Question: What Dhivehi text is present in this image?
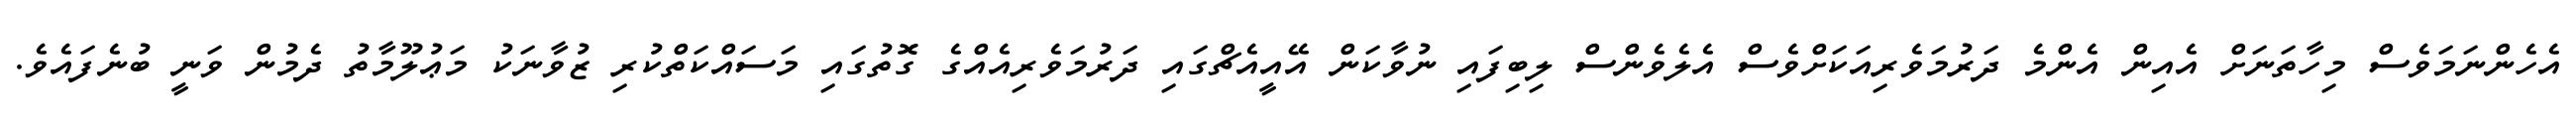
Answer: އެހެންނަމަވެސް މިހާތަނަށް އެއިން އެންމެ ދަރުމަވެރިއަކަށްވެސް އެލެވެންސް ލިބިފައި ނުވާކަން އޭއީއެޗްގައި ދަރުމަވެރިއެއްގެ ގޮތުގައި މަސައްކަތްކުރި ޒުވާނަކު މަޢުލޫމާތު ދެމުން ވަނީ ބުނެފައެވެ.